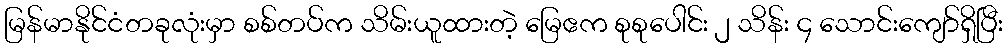
မြန်မာနိုင်ငံတခုလုံးမှာ စစ်တပ်က သိမ်းယူထားတဲ့ မြေဧက စုစုပေါင်း ၂ သိန်း ၄ သောင်းကျော်ရှိပြီး